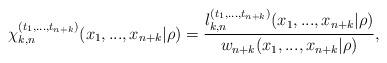
LaTeX: \begin{align*}\chi_{k,n}^{(t_{1},...,t_{n+k})}(x_{1},...,x_{n+k}|\rho)=\allowbreak\frac{l_{k,n}^{(t_{1},...,t_{n+k})}(x_{1},...,x_{n+k}|\rho)}{w_{n+k}(x_{1},...,x_{n+k}|\rho)}, \end{align*}